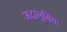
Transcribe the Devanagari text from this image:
अदालूसिया